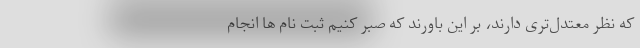
که نظر معتدل‌تری دارند، بر این باورند که صبر کنیم ثبت نام ها انجام